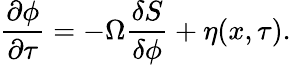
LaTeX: \frac{\partial\phi}{\partial\tau}=-\Omega\frac{\delta S}{\delta\phi}+\eta(x,\tau).